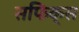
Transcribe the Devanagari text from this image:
सफिक्स